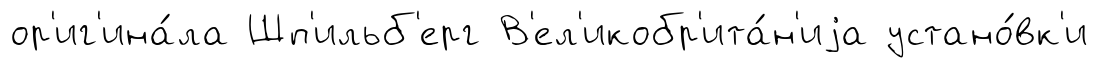
ор'иг'ина́ла Шп'ильб'ерг В'ел'икобр'ита́н'иjа устано́вк'и